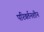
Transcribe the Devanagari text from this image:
परिवर्तनशीन